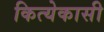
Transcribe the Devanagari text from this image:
कित्येकासी